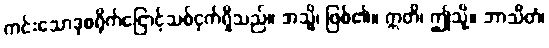
ကင်းသောဒုစရိုက်ငြောင့်သစ်ငှက်ရှိသည်။ အသ္မိ၊ ဖြစ်၏။ ဣတိ၊ ဤသို့။ ဘာသိတံ၊